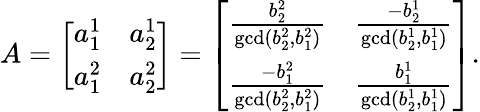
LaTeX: A=\left[\begin{array}{cc}{a_{1}^{1}}&{a_{2}^{1}}\\ {a_{1}^{2}}&{a_{2}^{2}}\end{array}\right]=\left[\begin{array}{cc}{\frac{b_{2}^{2}}{\operatorname*{gcd}(b_{2}^{2},b_{1}^{2})}}&{\frac{-b_{2}^{1}}{\operatorname*{gcd}(b_{2}^{1},b_{1}^{1})}}\\ {\frac{-b_{1}^{2}}{\operatorname*{gcd}(b_{2}^{2},b_{1}^{2})}}&{\frac{b_{1}^{1}}{\operatorname*{gcd}(b_{2}^{1},b_{1}^{1})}}\end{array}\right].